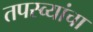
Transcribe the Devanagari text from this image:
तपस्व्यांचा